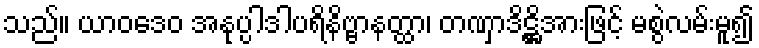
သည်။ ယာဝဒေဝ အနုပ္ပါဒါပရိနိဗ္ဗာနတ္ထာ၊ တဏှာဒိဋ္ဌိအားဖြင့် မစွဲလမ်းမူ၍